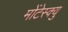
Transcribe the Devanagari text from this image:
मोंटेस्क्यु